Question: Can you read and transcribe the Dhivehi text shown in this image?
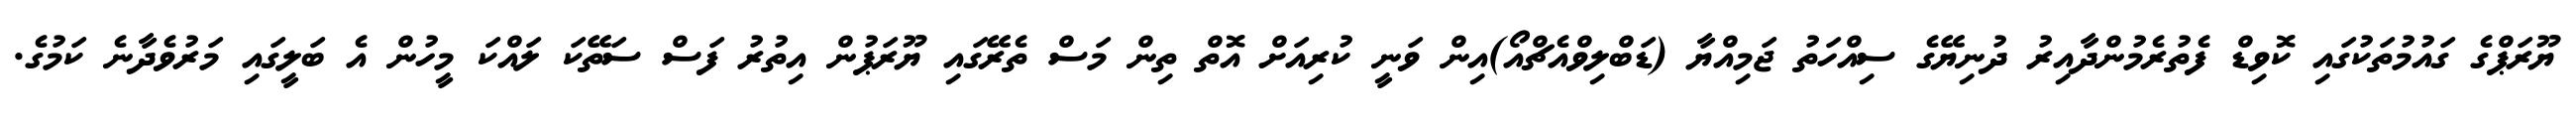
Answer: ޔޫރަޕްގެ ގައުމުތަކުގައި ކޮވިޑް ފެތުރެމުންދާއިރު ދުނިޔޭގެ ސިއްހަތު ޖަމިއްޔާ (ޑަބްލިވްއެޗްއޯ)އިން ވަނީ ކުރިއަށް އޮތް ތިން މަސް ތެރޭގައި ޔޫރަޕުން އިތުރު ފަސް ސަތޭކަ ލައްކަ މީހުން އެ ބަލީގައި މަރުވެދާނެ ކަމުގެ.